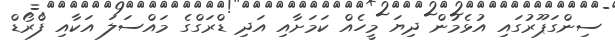
ސިންގަޕޫރުގައި އުޅެމުން ދިޔަ މީހެއް ކަމަށާއި އަދި ޑްރަގްގެ މައްސަލަ އަކާއި ފްރޯޑް